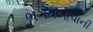
ભગતબાપાની